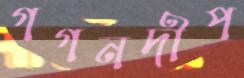
গগনদীপ